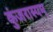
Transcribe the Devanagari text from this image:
कुंजरास्यम्